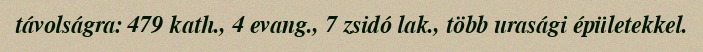
távolságra: 479 kath., 4 evang., 7 zsidó lak., több urasági épületekkel.